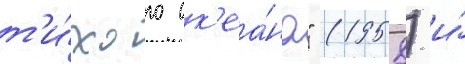
т'и́хого ок'еа́на" (1958) и́